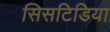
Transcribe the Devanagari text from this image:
सिसटिडिया